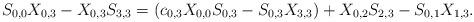
LaTeX: \begin{align*}S_{0,0}X_{0,3}-X_{0,3}S_{3,3}=(c_{0,3}X_{0,0}S_{0,3}-S_{0,3}X_{3,3})+X_{0,2}S_{2,3}-S_{0,1}X_{1,3}.\end{align*}